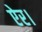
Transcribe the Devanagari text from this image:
ऐर।